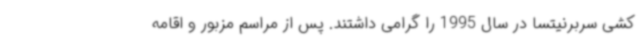
کشی سربرنیتسا در سال 1995 را گرامی داشتند. پس از مراسم مزبور و اقامه